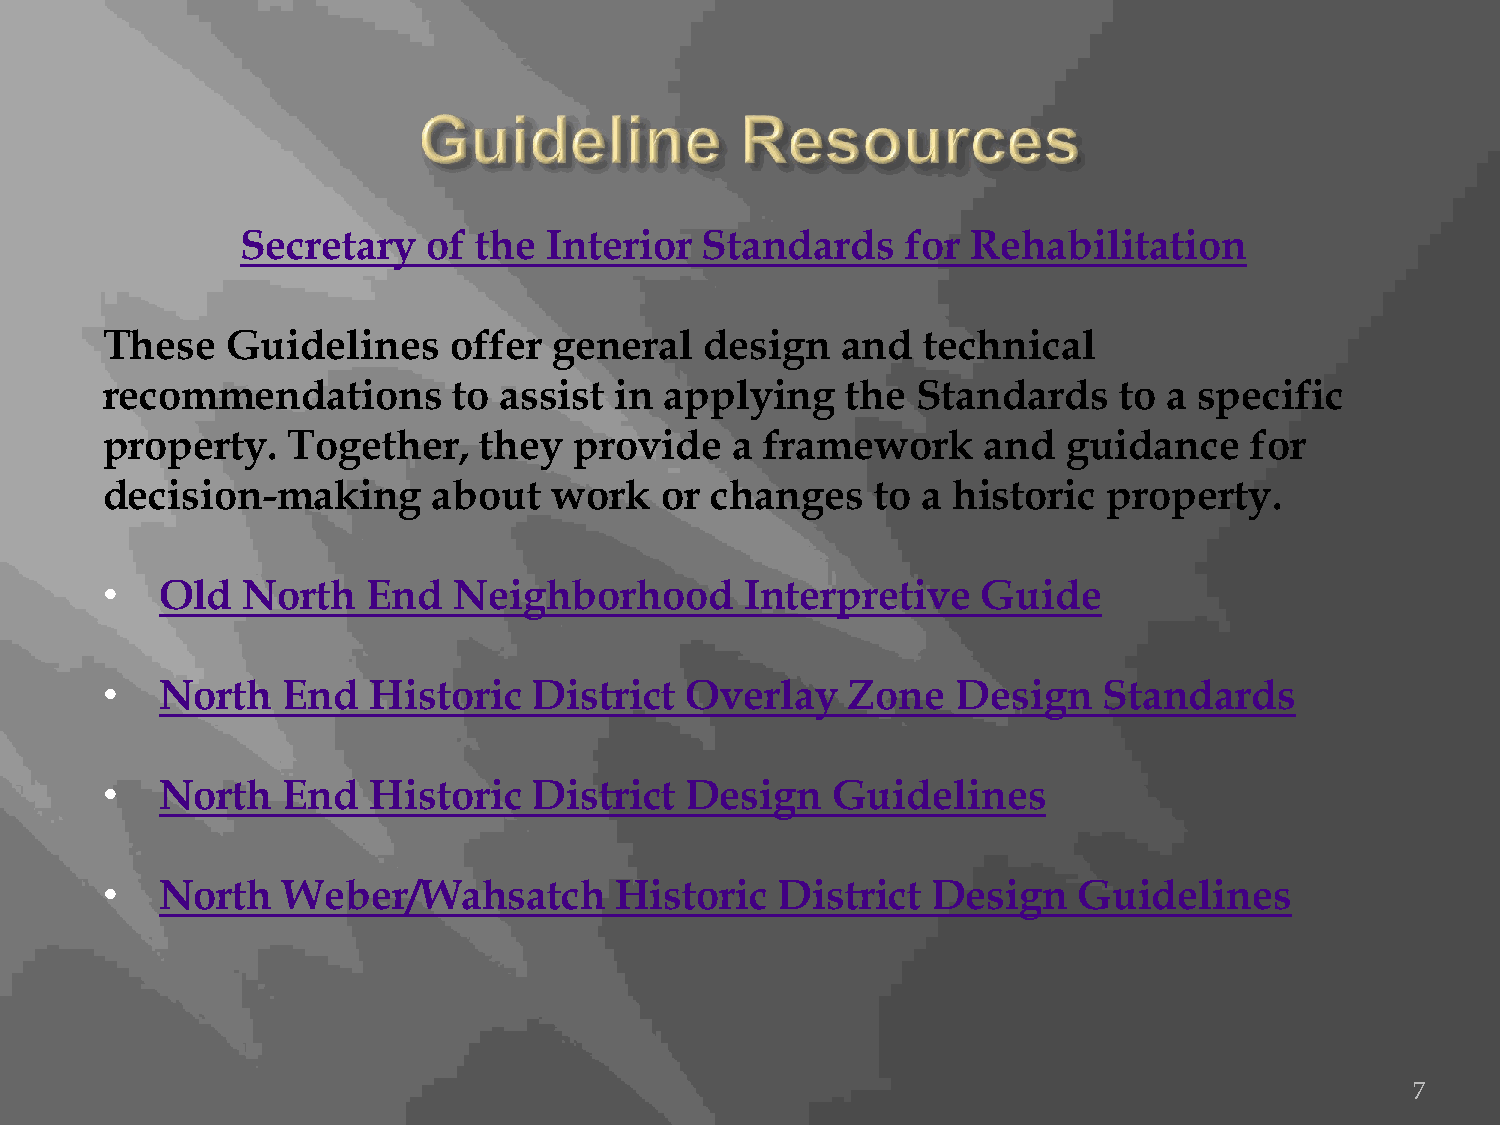
Secretary   of  the Interior  Standards     for Rehabilitation
 These   Guidelines     offer  general   design   and  technical
 recommendations        to assist  in applying    the  Standards    to a specific
 property.   Together,    they  provide   a  framework     and   guidance    for
 decision-making       about   work   or changes    to a historic  property.
 •   Old  North   End   Neighborhood       Interpretive    Guide
 •   North   End  Historic   District  Overlay    Zone   Design    Standards
 •   North   End  Historic   District  Design    Guidelines
 •   North   Weber/Wahsatch        Historic   District  Design   Guidelines
 7